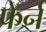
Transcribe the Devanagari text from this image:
फेर्न